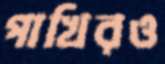
পাখিরও